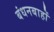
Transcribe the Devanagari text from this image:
बंधनबाहों